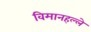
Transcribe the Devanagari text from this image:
विमानहल्ले